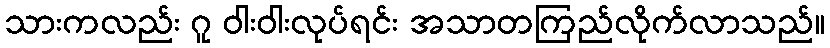
သားကလည်း ဂူ ဝါးဝါးလုပ်ရင်း အသာတကြည်လိုက်လာသည်။